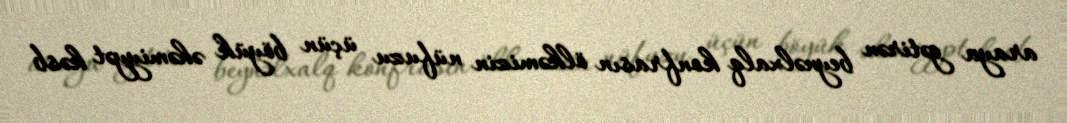
araya gətirən beynəlxalq konfrasın ölkəmizin nüfuzu üçün böyük əhəmiyyət kəsb